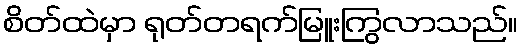
စိတ်ထဲမှာ ရုတ်တရက်မြူးကြွလာသည်။